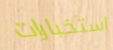
استخبارات